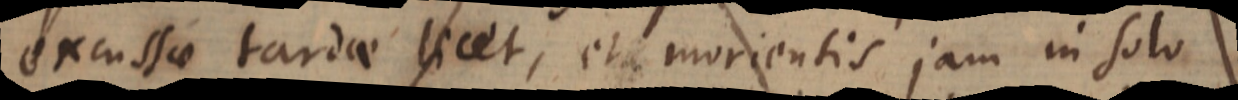
excussae tardae licet, et morientis jam in solo